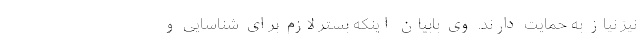
نیز نیاز به حمایت دارند. وی بابیان اینکه بستر لازم برای شناسایی و